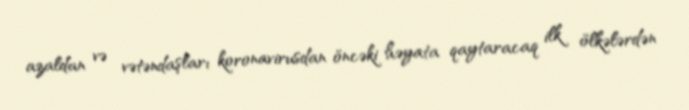
azaldan və vətəndaşları koronavirusdan öncəki həyata qaytaracaq ilk ölkələrdən